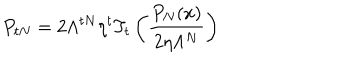
LaTeX: P _ { t N } = 2 \Lambda ^ { t N } \eta ^ { t } T _ { t } \left( \frac { P _ { N } ( x ) } { 2 \eta \Lambda ^ { N } } \right)